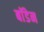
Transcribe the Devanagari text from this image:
बाॅडेन